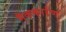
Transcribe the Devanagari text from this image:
मैककार्रण